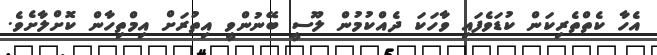
އެހާ ކެތްތެރިކަން ކުޑަވެފައި ވާހަކަ ދެއްކުމުން ލޫސީ ބޭނުންވީ އިތުރަށް އިމްތިހާން ކޮށްލާށެވެ.